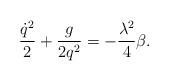
LaTeX: \begin{align*}\frac{\dot{q}^2}{2} + \frac{g}{2q^2} = -\frac{\lambda^2}{4}\beta.\end{align*}